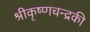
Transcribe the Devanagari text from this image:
श्रीकृष्णचन्द्रकी